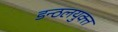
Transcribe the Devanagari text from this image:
डन्ठलयुक्त